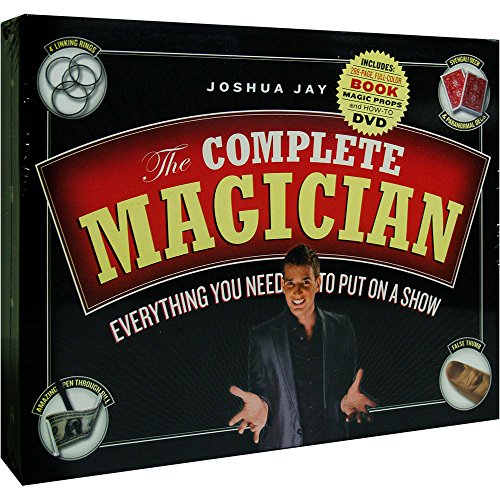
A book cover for The Complete Magician: Everything You Need to Put on a Show; Joshua Jay; Humor & Entertainment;